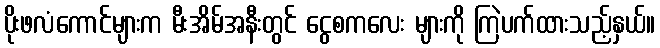
ပိုးဖလံကောင်များက မီးအိမ်အနီးတွင် ငွေစကလေး များကို ကြဲပက်ထားသည့်နှယ်။